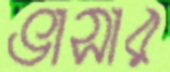
ভাসার